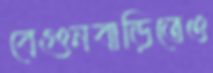
বেগুনবাড়িতেও